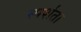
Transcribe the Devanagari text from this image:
स्पर्शता